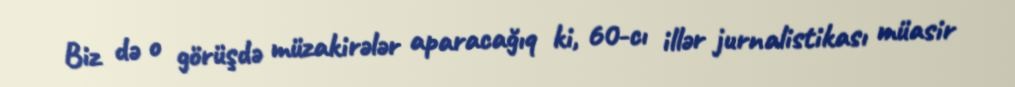
Biz də o görüşdə müzakirələr aparacağıq ki, 60-cı illər jurnalistikası müasir